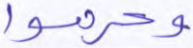
وحرموا